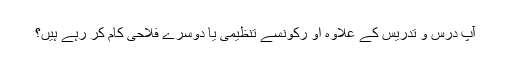
آپ درس و تدریس کے علاوہ او رکونسے تنظیمی یا دوسرے فلاحی کام کر رہے ہیں؟